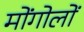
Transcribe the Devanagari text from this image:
मोंगोलों